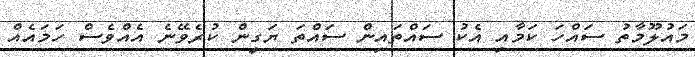
މައުލޫމާތު ސައްހަ ކަމާއި އެކު ސައްތައިން ސައްތަ ޔަގީން ކުރެވޭނެ އެއްވެސް ހަމައެއް